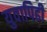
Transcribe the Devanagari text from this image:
युवापिढी